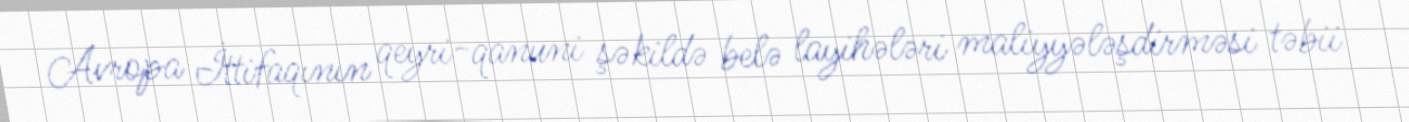
Avropa İttifaqının qeyri-qanuni şəkildə belə layihələri maliyyələşdirməsi təbii